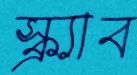
স্ক্র্যাব